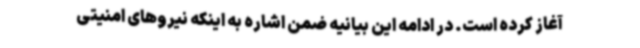
آغاز کرده است. در ادامه این بیانیه ضمن اشاره به اینکه نیروهای امنیتی